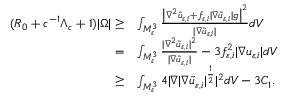
\begin{array} { r l } { ( R _ { 0 } + c ^ { - 1 } \Lambda _ { c } + 1 ) | \Omega | \ge } & { \int _ { M _ { \varepsilon } ^ { 3 } } \frac { \big | \nabla ^ { 2 } \tilde { u } _ { \varepsilon , i } + f _ { \varepsilon , i } | \nabla \tilde { u } _ { \varepsilon , i } | g \big | ^ { 2 } } { | \nabla \tilde { u } _ { \varepsilon , i } | } d V } \\ { = } & { \int _ { M _ { \varepsilon } ^ { 3 } } \frac { | \nabla ^ { 2 } \tilde { u } _ { \varepsilon , i } | ^ { 2 } } { | \nabla \tilde { u } _ { \varepsilon , i } | } - 3 f _ { \varepsilon , i } ^ { 2 } | \nabla u _ { \varepsilon , i } | d V } \\ { \ge } & { \int _ { M _ { \varepsilon } ^ { 3 } } 4 | \nabla | \nabla \tilde { u } _ { \varepsilon , i } | ^ { \frac { 1 } { 2 } } | ^ { 2 } d V - 3 C _ { 1 } . } \end{array}